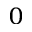
_ 0